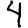
Digit: 4